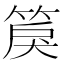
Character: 䈆